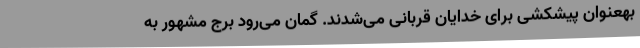
بهعنوان پیشکشی برای خدایان قربانی می‌شدند. گمان می‌رود برج مشهور به